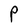
Character: P